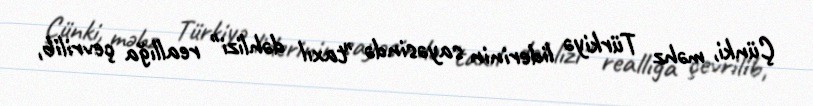
Çünki, məhz Türkiyə liderinin sayəsində "taxıl dəhlizi" reallığa çevrilib,